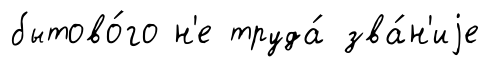
бытово́го н'е труда́ зва́н'иjе